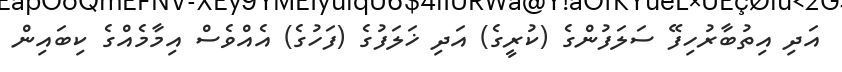
އަދި އިތުބާރުހިފޭ ސަލަފުންގެ (ކުރީގެ) އަދި ޚަލަފުގެ (ފަހުގެ) އެއްވެސް އިމާމެއްގެ ކިބައިން